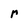
Character: r